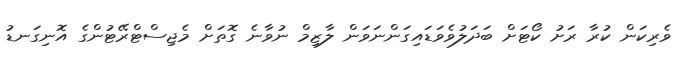
ވެރިކަން ކުރާ ރަށު ކޯޓަށް ބަދަލުވެވަޑައިގަންނަވަން ލާޒިމް ނުވާނެ ގޮތަށް މެޖިސްޓްރޭޓުންގެ އޮނިގަނޑު